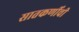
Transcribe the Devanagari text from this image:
सातकर्णीची